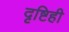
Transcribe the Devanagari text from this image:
दृष्टिही